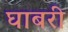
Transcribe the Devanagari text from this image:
घाबरी